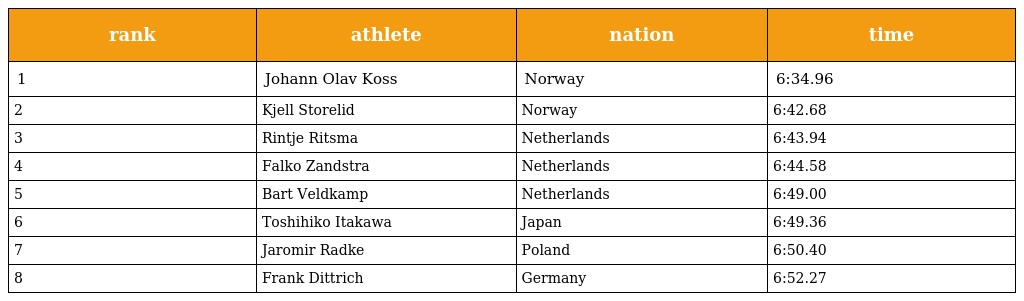
| rank | athlete | nation | time |
 | --- | --- | --- | --- |
 | 1 | Johann Olav Koss | Norway | 6:34.96 |
 | 2 | Kjell Storelid | Norway | 6:42.68 |
 | 3 | Rintje Ritsma | Netherlands | 6:43.94 |
 | 4 | Falko Zandstra | Netherlands | 6:44.58 |
 | 5 | Bart Veldkamp | Netherlands | 6:49.00 |
 | 6 | Toshihiko Itakawa | Japan | 6:49.36 |
 | 7 | Jaromir Radke | Poland | 6:50.40 |
 | 8 | Frank Dittrich | Germany | 6:52.27 |